Code of medical and sanitary regulations for the guidance of medical officers serving in the Madras Presidency - Volume I
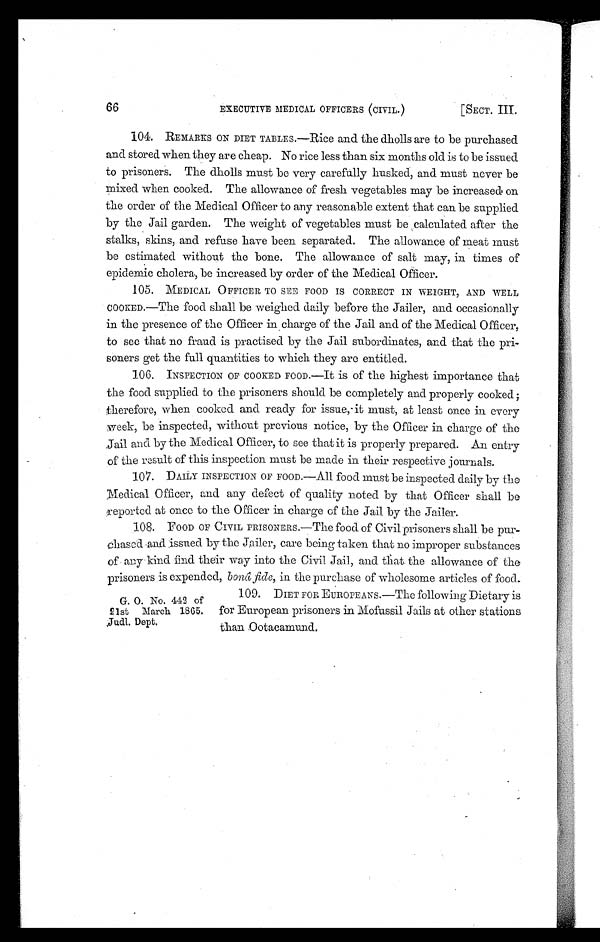
66
EXECUTIVE MEDICAL OFFICERS (CIVIL.)
[SECT. III.
104. REMARKS ON DIET TABLES.—Rice and the dholls are to be purchased.
and stored when they are cheap. No rice less than six months old is to be issued
to prisoners. The dholls must be very carefully husked, and must never be
mixed when cooked. The allowance of fresh vegetables may be increased on
the order of the Medical Officer to any reasonable extent that can be supplied
by the Jail garden. The weight of vegetables must be calculated after the
stalks, skins, and refuse have been separated. The allowance of meat must
be estimated without the bone. The allowance of salt may, in times of
epidemic cholera., be increased by order of the Medical Officer.
105. MEDICAL OFFICER TO SEE FOOD IS CORRECT IN WEIGHT, AND WELL
C O O K E D .
— T h e f o o d s h a l l b e w e i g h e d d a i l y b e f o r e t h e J a i l e r , a n d o c c a s i o n a l l y
in the presence of the Officer in charge of the Jail and of the Medical Officer,
to see that no fraud is practised by the Jail subordinates, and that the pri-
soners get the full quantities to which they are entitled.
106. INSPECTION OF COOKED FOOD.—It is of the highest importance that
the food supplied to the prisoners should be completely and properly cooked ;
therefore, when cooked and ready for issue, it must, at least once in every
week, be inspected, without previous notice, by the Officer in charge of the
Jail and by the Medical Officer, to see that it is properly prepared. An entry
of the result of this inspection must be made in their respective journals.
107.
DAILY INSPECTION OF FOOD.—All food must be inspected daily by the
Medical Officer, and any defect of quality noted by that Officer shall be
reported at once to the Officer in charge of the Jail by the Jailer.
108. FOOD OF CIVIL PRISONERS.—The food of Civil prisoners shall be
p u r c h a s e d a n d i s s u e d b y t h e J a i l e r , c a r e b e i n g t a k e n t h a t n o i m p r o p e r s u b s t a n c e s
of any kind find their way into the Civil Jail, and that the allowance of the
prisoners is expended, bonâ, fide. in the purchase of wholesome articles of food.
G. O. No. 442 of
21st March 1865.
Judl. Dept.
109. DIET FOR EUROPEANS.—The following Dietary is
for European prisoners in Mofussil Jails at other stations
t han Oot acamund.